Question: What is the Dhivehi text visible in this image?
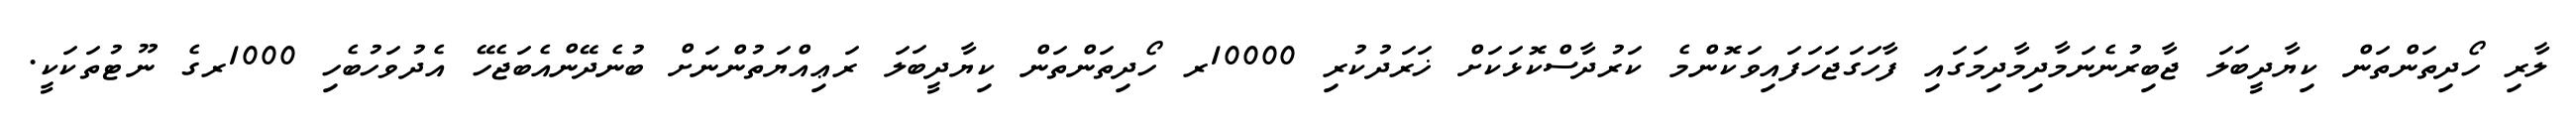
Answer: ލާރި ހޯދިތަންތަން ކިޔާދީބަލަ ޖާބިރުނެނަމާދިމާދިމަގައި ފާހަގަޖަހަފައިވަކޮންމެ ކަރުދާސްކޮޅަކަށް ޚަރަދުކުރި 10000ރ ހޯދިތަންތަން ކިޔާދީބަލަ ރަޢިއްޔަތުންނަށް ބުނެދޭންއެބަޖެހޭ އެދުވަހުބެހި 1000ރގެ ނޫޓުތަކަކީ.